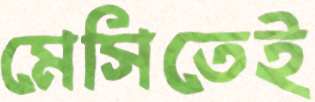
মেসিতেই